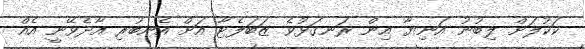
ކަކުލަށް ލިބުނު އަނިޔާ އިން ރަނގަޅުވެ ޒަބަލެޓާ އަށް އެނބުރި އާދެވޭނީ އެއް